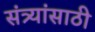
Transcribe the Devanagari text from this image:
संत्र्यांसाठी